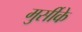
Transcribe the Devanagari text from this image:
मुर्सीके